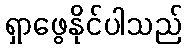
ရှာဖွေနိုင်ပါသည်